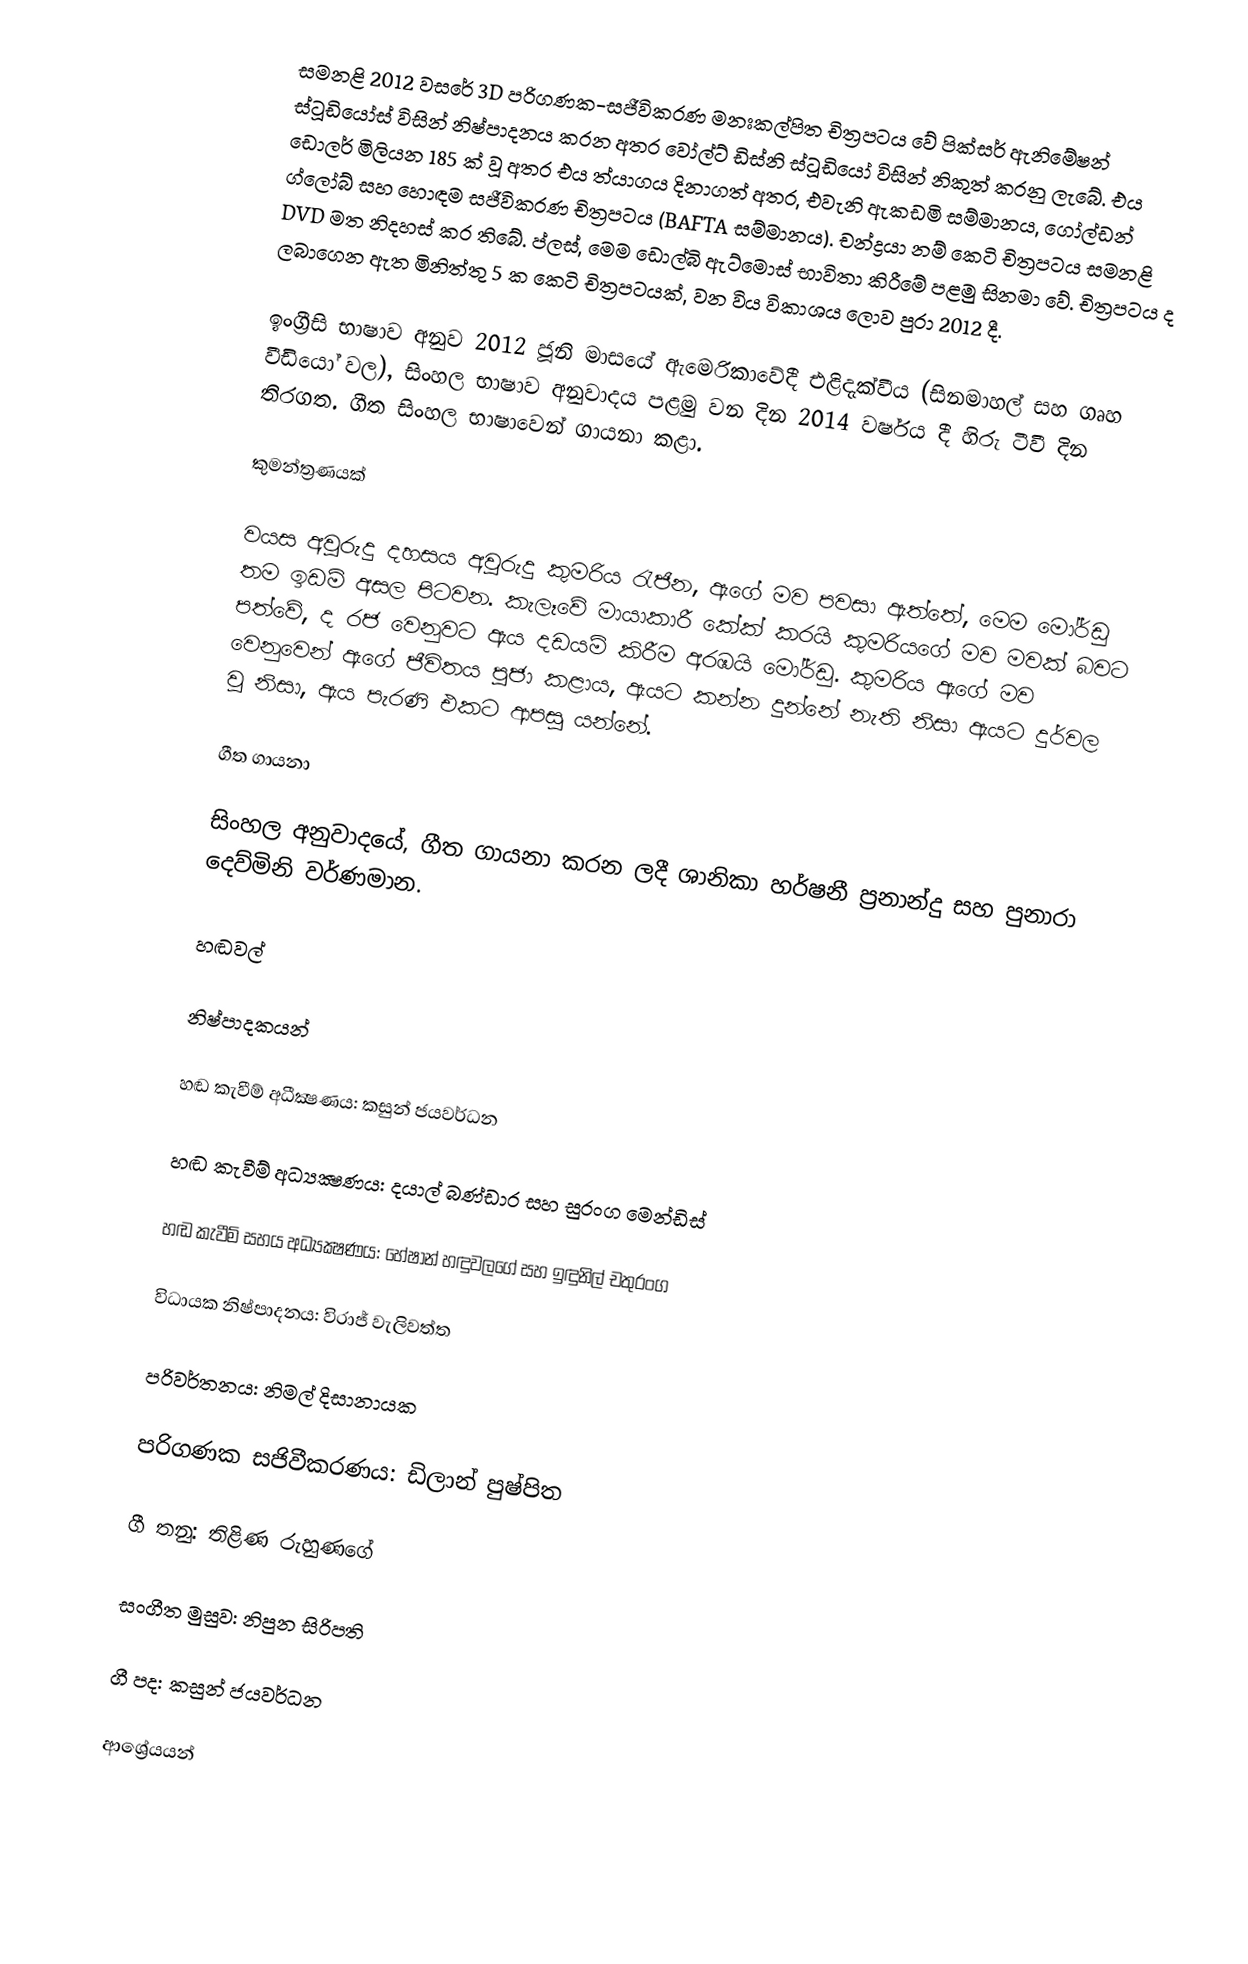
සමනළි 2012 වසරේ 3D පරිගණක-සජීවිකරණ මනඃකල්පිත චිත්‍රපටය වේ පික්සර් ඇනිමේෂන් ස්ටූඩියෝස් විසින් නිෂ්පාදනය කරන අතර වෝල්ට් ඩිස්නි ස්ටූඩියෝ විසින් නිකුත් කරනු ලැබේ. එය ඩොලර් මිලියන 185 ක් වූ අතර එය ත්යාගය දිනාගත් අතර, එවැනි ඇකඩමි සම්මානය, ගෝල්ඩන් ග්ලෝබ් සහ හොඳම සජීවිකරණ චිත්‍රපටය (BAFTA සම්මානය). චන්ද්‍රයා නම් කෙටි චිත්‍රපටය සමනළි DVD මත නිදහස් කර තිබේ. ප්ලස්, මෙම ඩොල්බි ඇට්මොස් භාවිතා කිරීමේ පළමු සිනමා වේ. චිත්‍රපටය ද ලබාගෙන ඇත මිනිත්තු 5 ක කෙටි චිත්‍රපටයක්, වන විය විකාශය ලොව පුරා 2012 දී.

ඉංග්‍රීසි භාෂාව අනුව 2012 ජූනි මාසයේ ඇමෙරිකාවේදී එළිදැක්වීය (සිනමාහල් සහ ගෘහ වීඩියෝ වල), සිංහල භාෂාව අනුවාදය පළමු වන දින 2014 වර්ෂය දී හිරු ටීවී දින තිරගත. ගීත සිංහල භාෂාවෙන් ගායනා කළා.

කුමන්ත්‍රණයක්

වයස අවුරුදු දහසය අවුරුදු කුමරිය රැජින, ඇගේ මව පවසා ඇත්තේ, මෙම මෝර්ඩු තම ඉඩම් අසල පිටවන. කැලෑවේ මායාකාරී කේක් කරයි කුමරියගේ මව මවක් බවට පත්වේ, ද රජ වෙනුවට ඇය දඩයම් කිරීම අරඹයි මෝර්ඩු. කුමරිය ඇගේ මව වෙනුවෙන් ඇගේ ජීවිතය පූජා කළාය, ඇයට කන්න දුන්නේ නැති නිසා ඇයට දුර්වල වූ නිසා, ඇය පැරණි එකට ආපසු යන්නේ.

ගීත ගායනා

සිංහල අනුවාදයේ, ගීත ගායනා කරන ලදී ශානිකා හර්ෂනී ප්‍රනාන්දු සහ පුනාරා දෙව්මිනි වර්ණමාන.

හඬවල්

නිෂ්පාදකයන්

හඬ කැවීම් අධීක්‍ෂණය: කසුන් ජයවර්ධන

හඬ කැවීම් අධ්‍යක්‍ෂණය: දයාල් බණ්ඩාර සහ සුරංග මෙන්ඩිස්

හඬ කැවීම් සහය අධ්‍යක්‍ෂණය: හේෂාන් හඳුවලගේ සහ ඉඳුනිල් චතුරංග

විධායක නිෂ්පාදනය: විරාජ් වැලිවත්ත

පරිවර්තනය: නිමල් දිසානායක

පරිගණක සජිවීකරණය: ඩිලාන් පුෂ්පිත

ගී තනු: තිළිණ රුහුණගේ

සංගීත මුසුව: නිපුන සිරිපති

ගී පද: කසුන් ජයවර්ධන

ආශ්‍රේයයන්